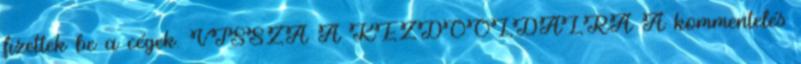
fizettek be a cégek. VISSZA A KEZDŐOLDALRA A kommentelés